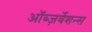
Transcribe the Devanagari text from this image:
ऑब्ज़र्वेशन्स